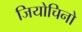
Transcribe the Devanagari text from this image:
जियोचिनो